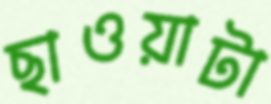
ছাওয়াটা